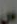
ہیں